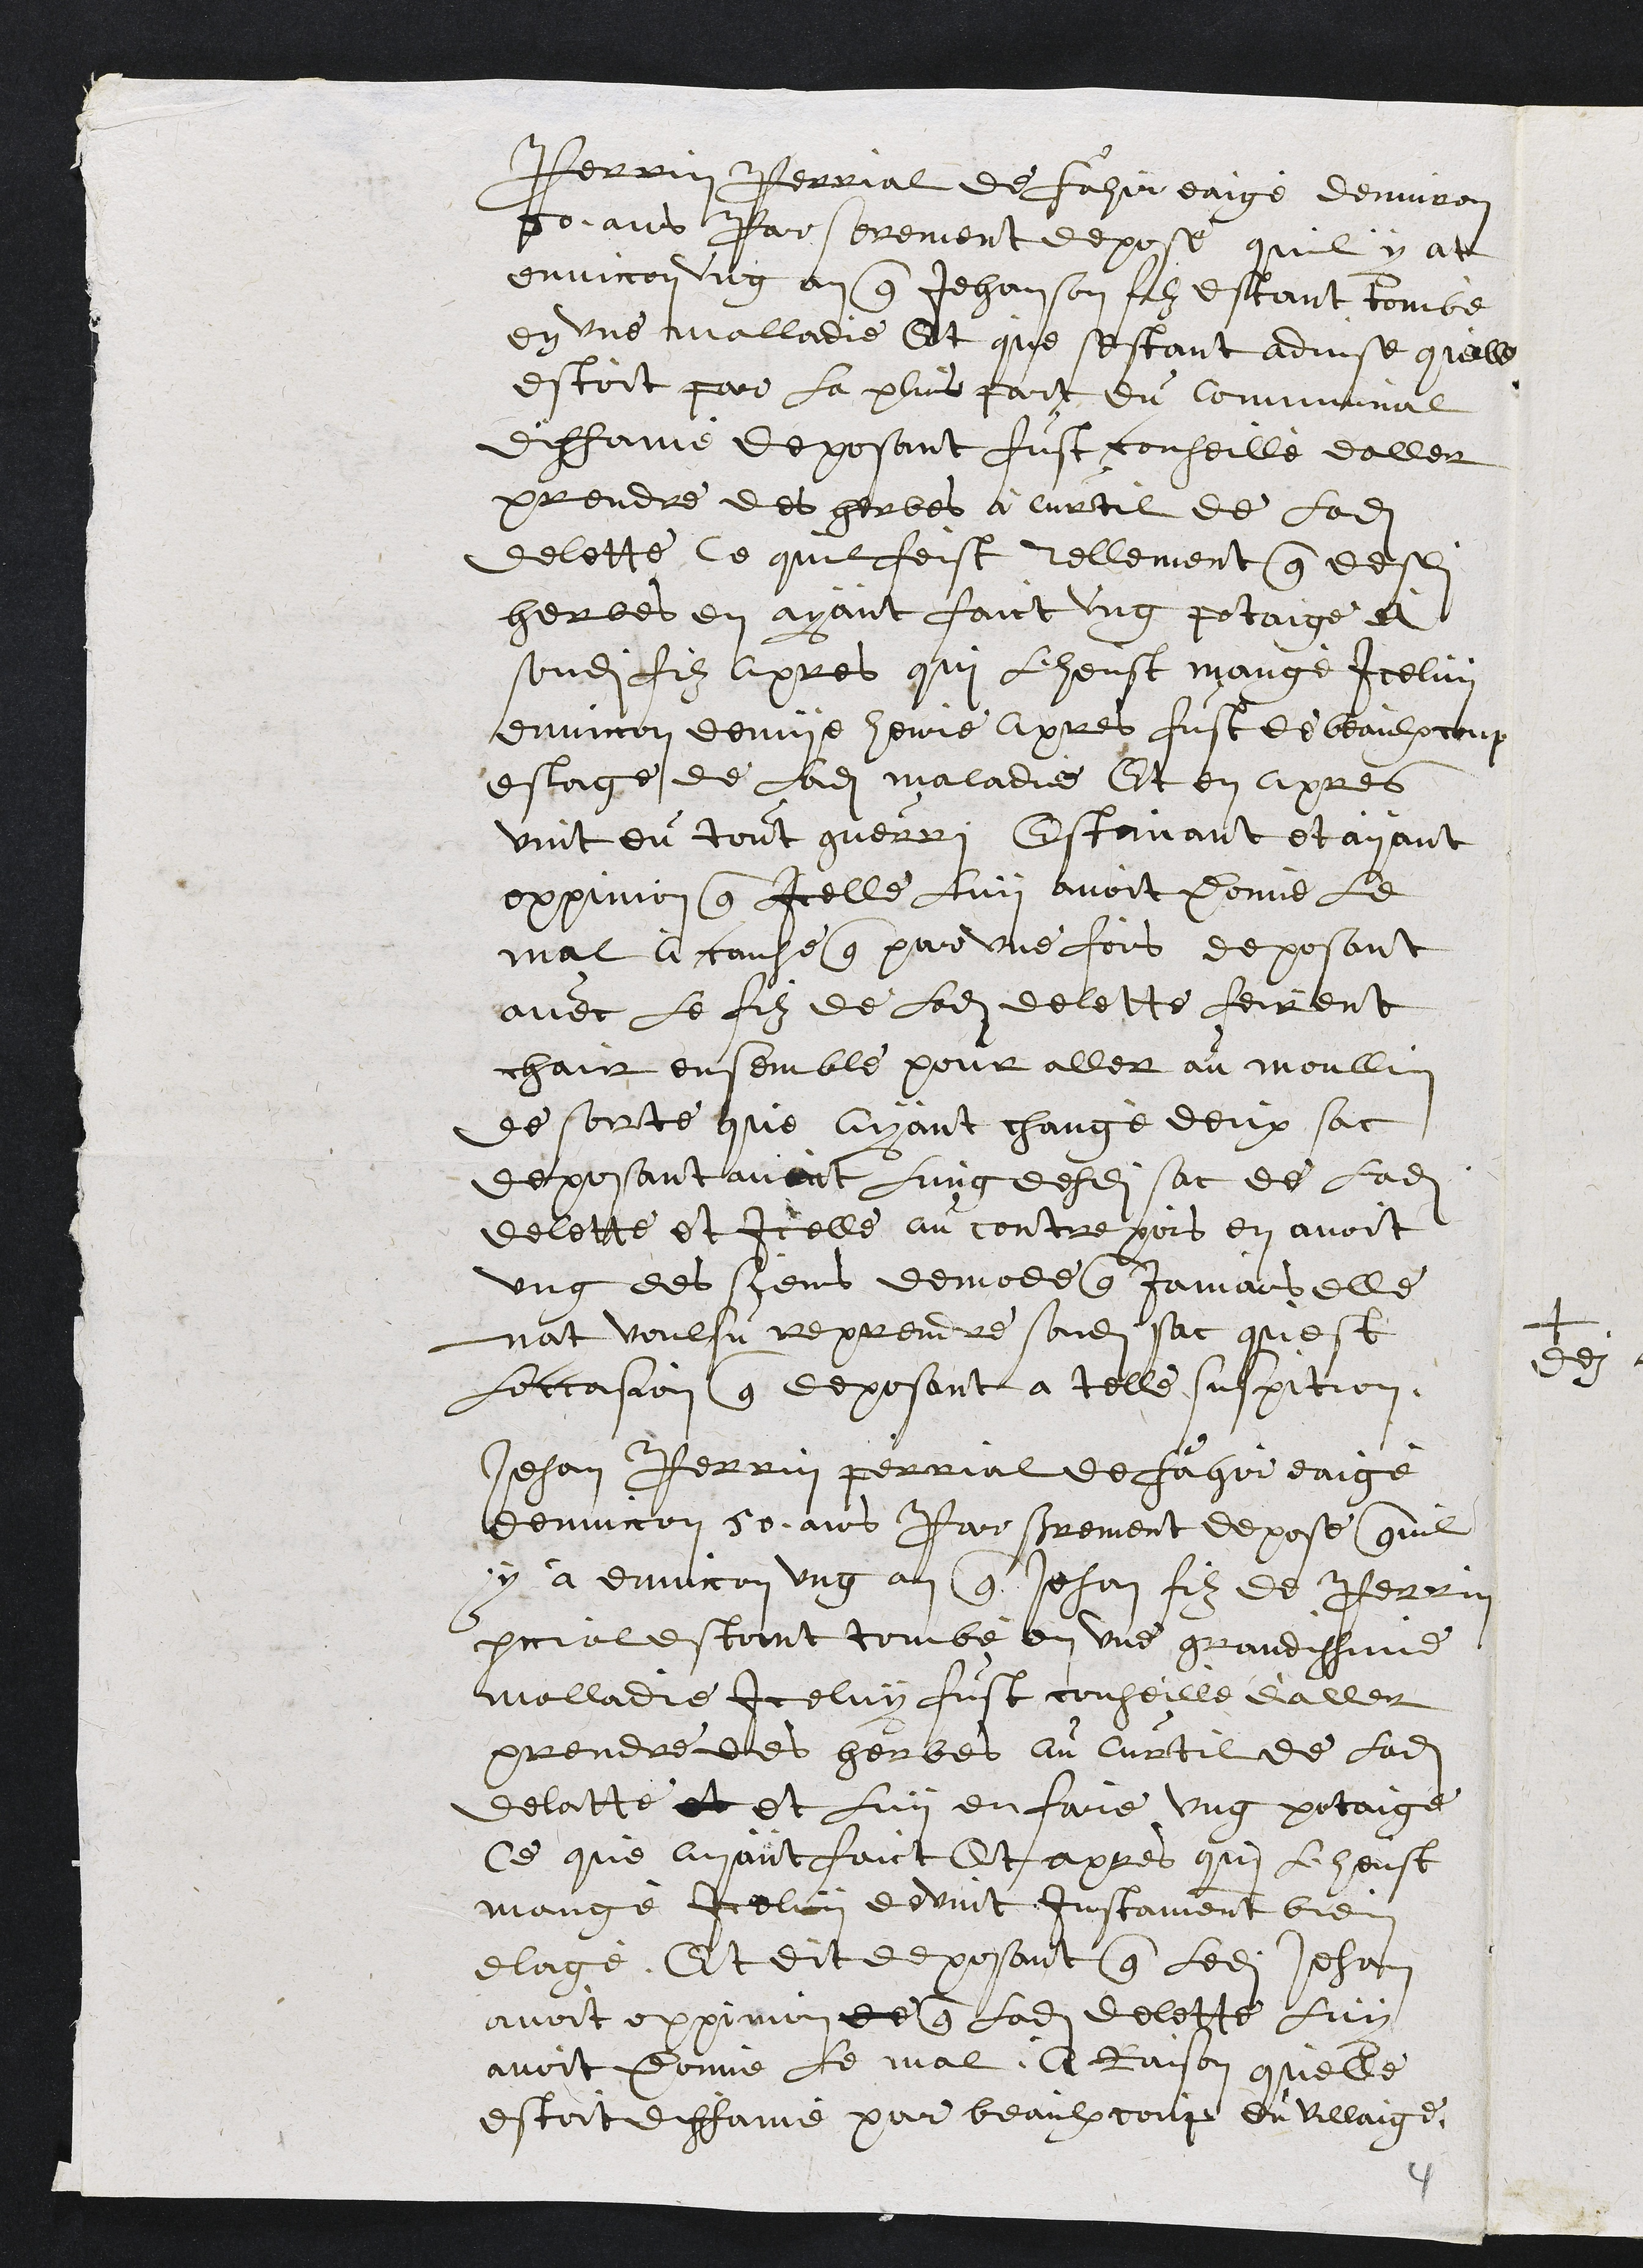
Perrin Perrial de Fahir eaige denviron
40 ans Par serement depose quil y at
envirron ung an que Jehan son filz estant tombe
en une malladie Et que sestant advise quelle
estoit par la plus fart du communal
diffame deposant fust conseille daller
prendre des gerbes a Cuvecil de ladite
delette, Ce quil feist Tellement que des
herbes en ayant faict ung potaige et
sondit filz apres qui lheust mange Iceluy
environ demuye heure apres fust de beaulxcoup
estaige de ladite maladie Et en apres
vint du tout guerri Estavant et ayant
oppinion que icelle Luy avoit pomis le
mal a cause que par une fois deposant
avec le filz de Ladite delette feirent
chaict ensemble pour aller au moullin
de sorte que ayant change deux sac
deposant avant lung desdits sac de ladite
delette et Icelle au contre pois en avoit
ung des gens demoée que Jamais elle
nat voulsu reprendre sondit sac quest
loccasion que deposant a telle suspition.
Jehan Perrin Perrial de fager eaige
denviron 50 ans Par serement depose quil
y a environ ung an que Jehan filz de Perrin
prialestoint tombé en une grandissune
malladie Iceluy fust conseille d'aller
prendre des herbes au Curtil de ladite
delatte et et luy enfare ung potaige
Ce que ayant faict Et apres quen l'heust
mangé Icelun devint Instament bien
elagé, Et dit deposant que ledit Jehan
avoit oppinion de que ladite delette luy
avoit Donné le mal, a Raison quelle
estoit enffamé par beaulx coup du villaige